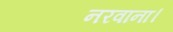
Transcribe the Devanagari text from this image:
नरवाना।